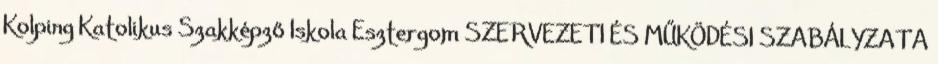
Kolping Katolikus Szakképző Iskola Esztergom SZERVEZETI ÉS MŰKÖDÉSI SZABÁLYZATA